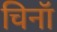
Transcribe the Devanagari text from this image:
चिनॉ